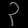
Digit: ၃